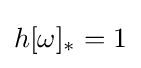
h[\omega ]_{*}=1